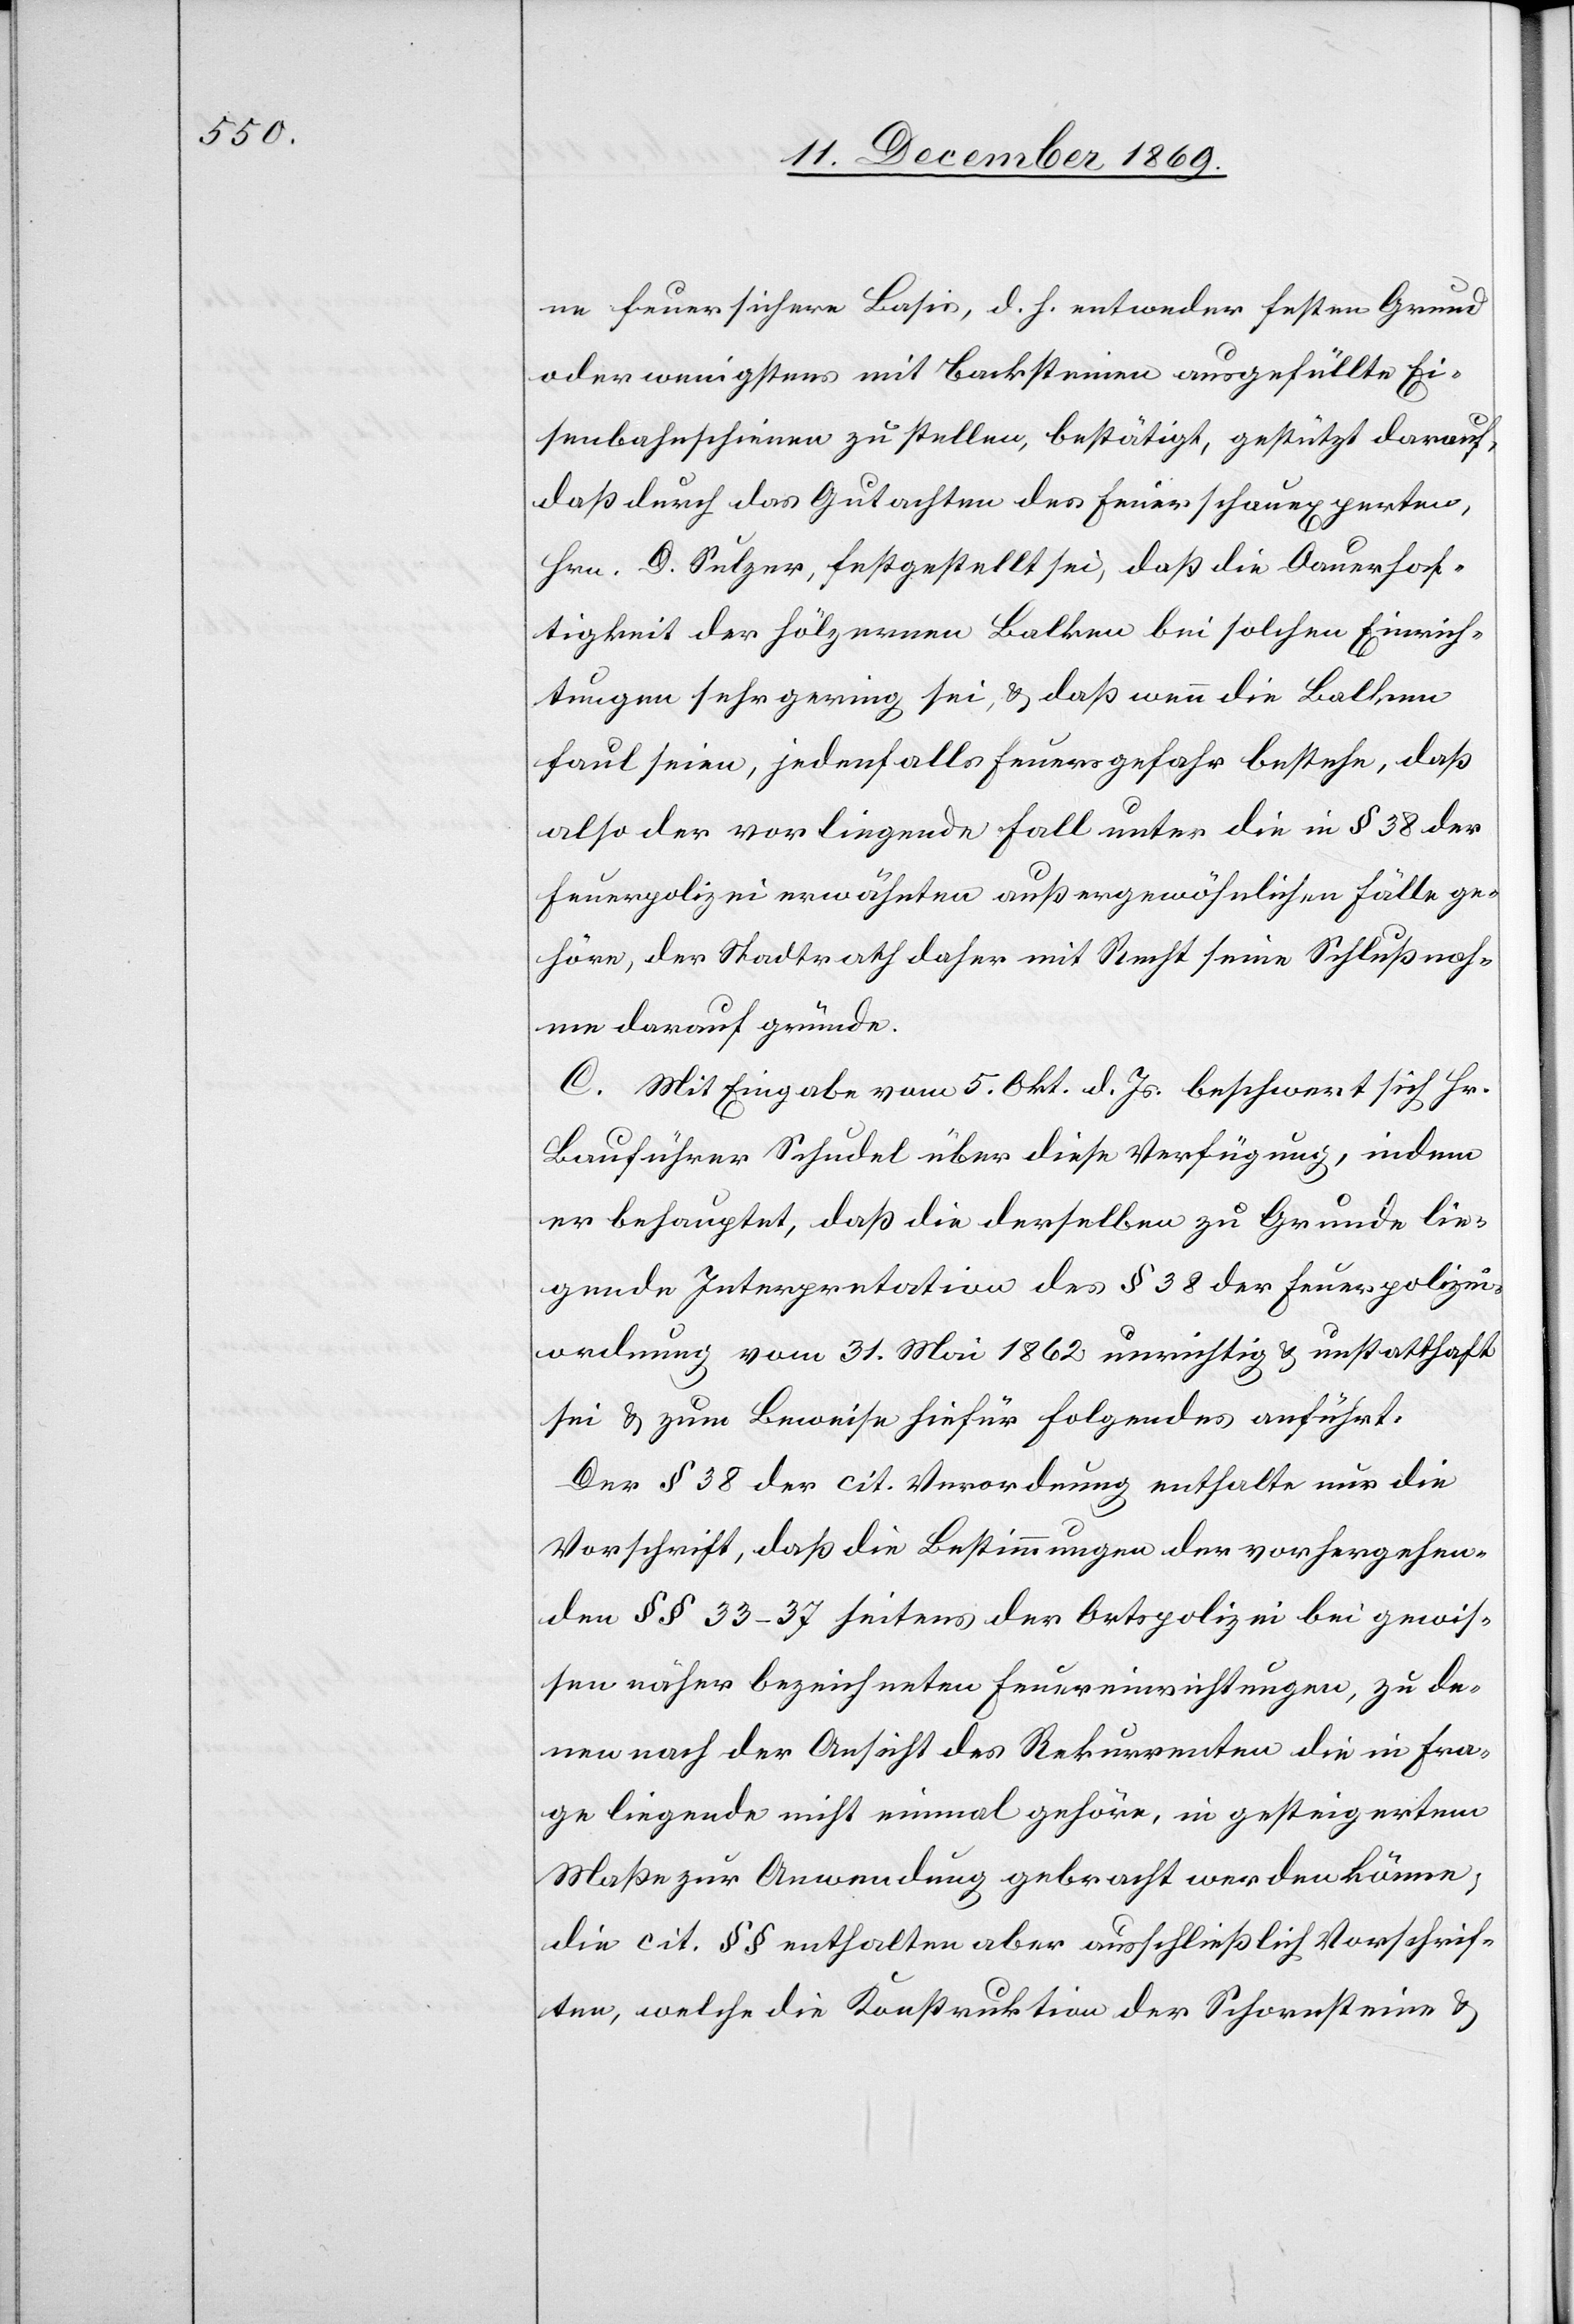
ne feuersichere Basis, d. h. entweder festen Grund
oder wenigstens mit Backsteinen ausgefüllte Ei¬
senbahnschienen zu stellen, bestätigt, gestützt darauf,
daß durch das Gutachten des Feuerschauexperten,
Hrn. D. Sulzer, festgestellt sei, daß die Dauerhaf¬
tigkeit der hölzernen Balken bei solchen Einrich¬
tungen sehr gering sei, & daß wenn die Balken
faul seien, jedenfalls Feuersgefahr bestehe, daß
also der vorliegende Fall unter die in § 38 der
Feuerpolizei erwähnten außergewöhnlichen Fälle ge¬
höre, der Stadtrath daher mit Recht seine Schlußnah¬
me darauf gründe.
C. Mit Eingabe vom 5. Okt. d. Js. beschwert sich Hr.
Bauführer Schudel über diese Verfügung, indem
er behauptet, daß die derselben zu Grunde lie¬
gende Interpretation des § 38 der Feuerpolizei¬
ordnung vom 31. Mai 1862 unrichtig & unstatthaft
sei & zum Beweise hiefür Folgendes anführt:
Der § 38 der cit. Verordnung enthalte nur die
Vorschrift, daß die Bestimmungen der vorhergehen¬
den §§ 33–37 seitens der Ortspolizei bei gewis¬
sen näher bezeichneten Feuereinrichtungen, zu de¬
nen nach der Ansicht des Rekurrenten die in Fra¬
ge liegende nicht einmal gehöre, in gesteigertem
Maße zur Anwendung gebracht werden könne,
die cit. §§ enthalten aber ausschließlich Vorschrif¬
ten, welche die Konstruktion der Schornsteine &